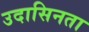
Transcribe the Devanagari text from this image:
उदासिनता